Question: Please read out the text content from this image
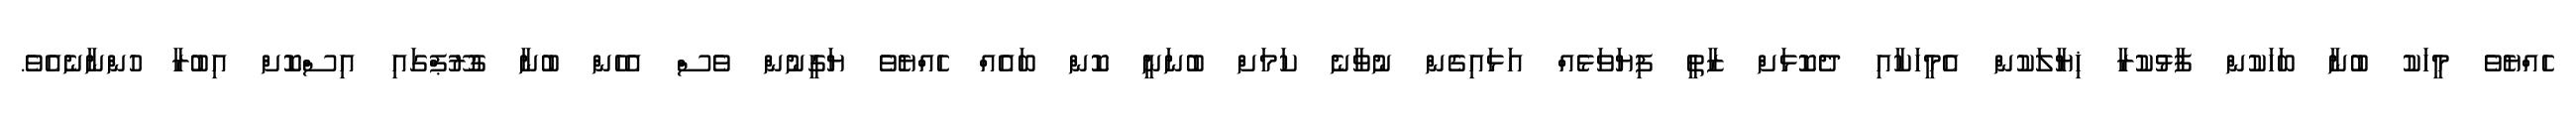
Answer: ހެއްޔެވެ މީހަކު ބުނާ ބަހަކުން ފާޅުކުރާ ޚިޔާލަކުން އެމީހަކާއި ދެކޮޅަށް ޒާތީ ފިޔަވަޅެއް އަޅައިގެން ނުވާނެ ކަމަށް ބުނަނީ ކޮން ބައެއް ހެއްޔެވެ ޔަގީނުން ވެސް އެހެން ބުނާ ގުރޫޕްގައި އިސްކޮށް އިބުރާ ހުންނާނެއެވެ.